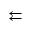
\leftleftarrows